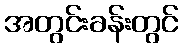
အတွင်းခန်းတွင်